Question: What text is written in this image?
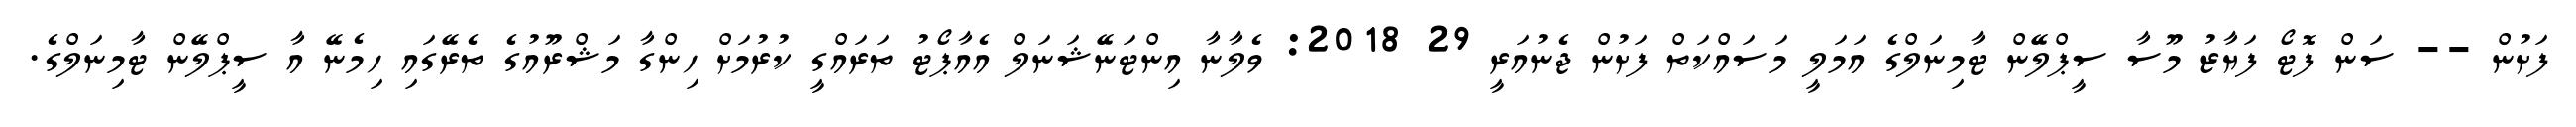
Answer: ފަށުން -- ސަން ފޮޓޯ ފަޔާޒު މޫސާ ސީޕްލޭން ޓާމިނަލްގެ އަމަލީ މަސައްކަތް ފަށުން ޖެނުއަރީ 29 2018: ވެލާނާ އިންޓަނޭޝަނަލް އެއާޕޯޓު ތަރައްގީ ކުރުމަށް ހިންގާ މަޝްރޫއުގެ ތެރޭގައި ހިމެނޭ އާ ސީޕްލޭން ޓާމިނަލްގެ.